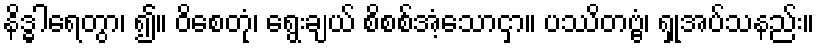
နိဒ္ဓါရေတွာ၊ ၍။ ဝိစေတုံ၊ ရွေးချယ် စိစစ်အံ့သောငှာ။ ပဿိတဗ္ဗံ၊ ရှုအပ်သနည်း။